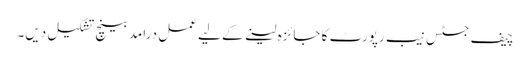
چیف جسٹس نیب رپورٹ کا جائزہ لینے کے لیے عمل درامد بینچ تشکیل دیں۔